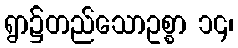
ရွာ၌တည်သောဥစ္စာ ၁၄၊